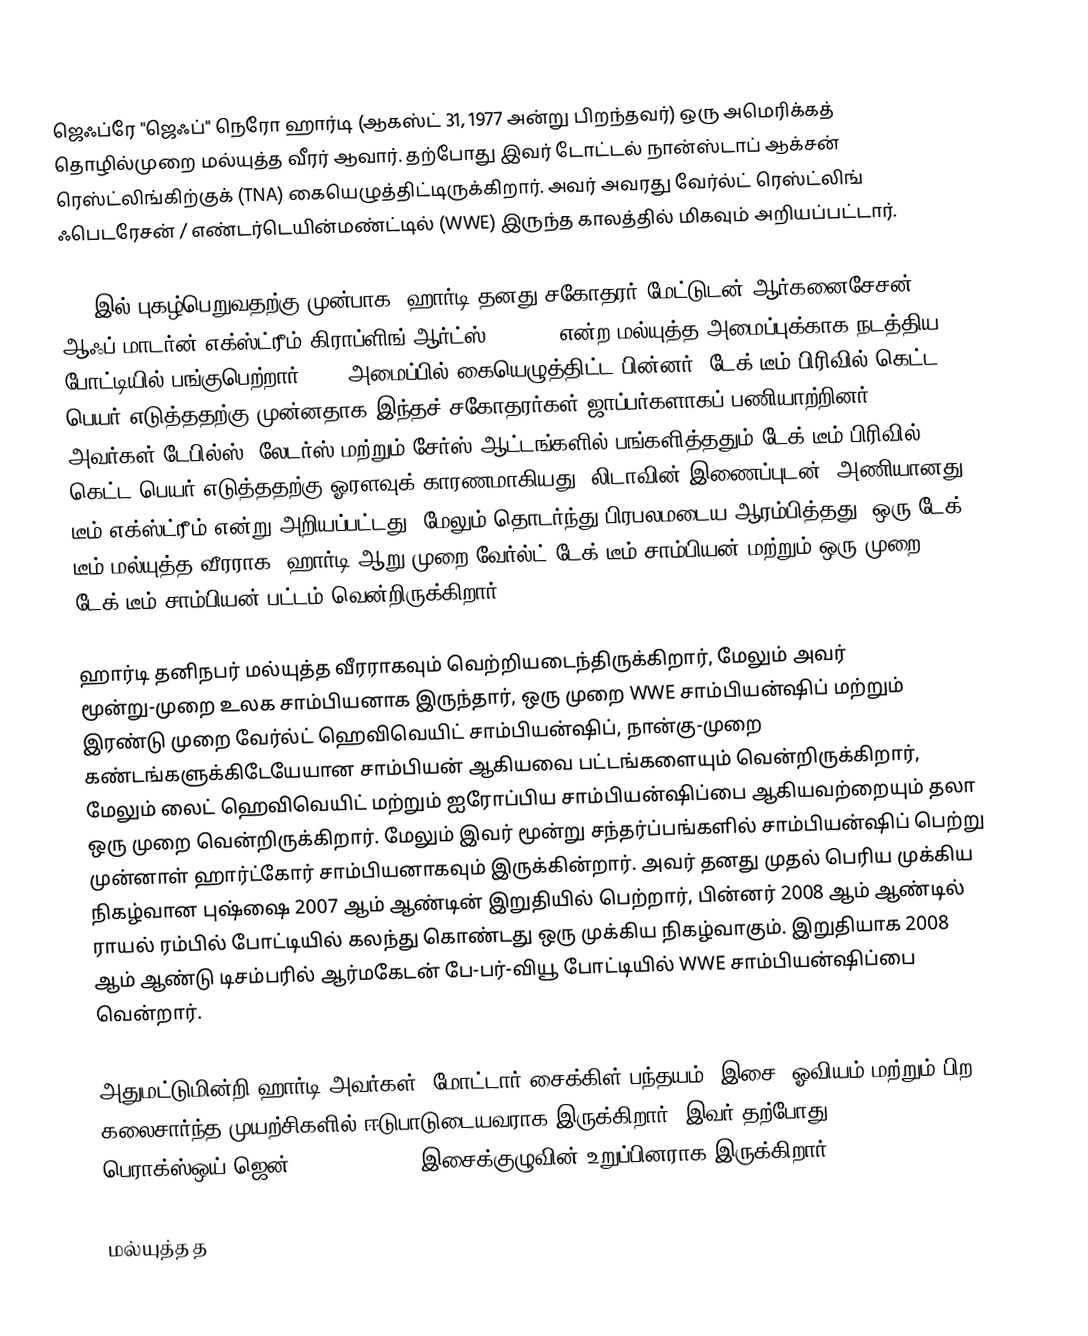
ஜெஃப்ரே "ஜெஃப்" நெரோ ஹார்டி  (ஆகஸ்ட் 31, 1977 அன்று பிறந்தவர்) ஒரு அமெரிக்கத் தொழில்முறை மல்யுத்த வீரர் ஆவார். தற்போது இவர் டோட்டல் நான்ஸ்டாப் ஆக்சன் ரெஸ்ட்லிங்கிற்குக் (TNA) கையெழுத்திட்டிருக்கிறார். அவர் அவரது வேர்ல்ட் ரெஸ்ட்லிங் ஃபெடரேசன் / எண்டர்டெயின்மண்ட்டில் (WWE) இருந்த காலத்தில் மிகவும் அறியப்பட்டார்.

WWE இல் புகழ்பெறுவதற்கு முன்பாக, ஹார்டி தனது சகோதரர் மேட்டுடன் ஆர்கனைசேசன் ஆஃப் மாடர்ன் எக்ஸ்ட்ரீம் கிராப்ளிங் ஆர்ட்ஸ் (OMEGA) என்ற மல்யுத்த அமைப்புக்காக நடத்திய போட்டியில் பங்குபெற்றார். WWE அமைப்பில் கையெழுத்திட்ட பின்னர், டேக் டீம் பிரிவில் கெட்ட பெயர் எடுத்ததற்கு முன்னதாக இந்தச் சகோதரர்கள் ஜாப்பர்களாகப் பணியாற்றினர், அவர்கள் டேபில்ஸ், லேடர்ஸ் மற்றும் சேர்ஸ் ஆட்டங்களில் பங்களித்ததும் டேக் டீம் பிரிவில் கெட்ட பெயர் எடுத்ததற்கு ஓரளவுக் காரணமாகியது. லிடாவின் இணைப்புடன், அணியானது டீம் எக்ஸ்ட்ரீம் என்று அறியப்பட்டது, மேலும் தொடர்ந்து பிரபலமடைய ஆரம்பித்தது. ஒரு டேக் டீம் மல்யுத்த வீரராக, ஹார்டி ஆறு-முறை வேர்ல்ட் டேக் டீம் சாம்பியன் மற்றும் ஒரு-முறை WCW டேக் டீம் சாம்பியன் பட்டம் வென்றிருக்கிறார்.

ஹார்டி தனிநபர் மல்யுத்த வீரராகவும் வெற்றியடைந்திருக்கிறார், மேலும் அவர் மூன்று-முறை உலக சாம்பியனாக இருந்தார், ஒரு முறை WWE சாம்பியன்ஷிப் மற்றும் இரண்டு முறை வேர்ல்ட் ஹெவிவெயிட் சாம்பியன்ஷிப், நான்கு-முறை கண்டங்களுக்கிடேயேயான சாம்பியன் ஆகியவை பட்டங்களையும் வென்றிருக்கிறார், மேலும் லைட் ஹெவிவெயிட் மற்றும் ஐரோப்பிய சாம்பியன்ஷிப்பை ஆகியவற்றையும் தலா ஒரு முறை வென்றிருக்கிறார். மேலும் இவர் மூன்று சந்தர்ப்பங்களில் சாம்பியன்ஷிப் பெற்று முன்னாள் ஹார்ட்கோர் சாம்பியனாகவும் இருக்கின்றார். அவர் தனது முதல் பெரிய முக்கிய நிகழ்வான புஷ்ஷை 2007 ஆம் ஆண்டின் இறுதியில் பெற்றார், பின்னர் 2008 ஆம் ஆண்டில் ராயல் ரம்பில் போட்டியில் கலந்து கொண்டது ஒரு முக்கிய நிகழ்வாகும். இறுதியாக 2008 ஆம் ஆண்டு டிசம்பரில் ஆர்மகேடன் பே-பர்-வியூ போட்டியில் WWE சாம்பியன்ஷிப்பை வென்றார்.

அதுமட்டுமின்றி ஹார்டி அவர்கள், மோட்டார் சைக்கிள் பந்தயம், இசை, ஓவியம் மற்றும் பிற கலைசார்ந்த முயற்சிகளில் ஈடுபாடுடையவராக இருக்கிறார். இவர் தற்போது பெராக்ஸ்ஒய்?ஜென் (Peroxwhy?gen) இசைக்குழுவின் உறுப்பினராக இருக்கிறார்.

மல்யுத்த த